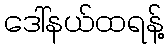
ဒေါ်နယ်ထရန့်